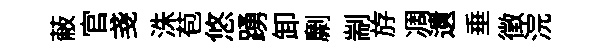
蔽官戔洙苞悠踴卸劘剬斿凋遺垂徴浣